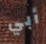
أبي